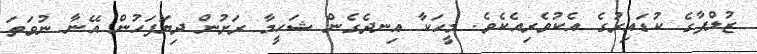
ޒުލްފާގެ ކުޑައިރުގެ އެކުވެރިއެކެވެ. މީހަކާ އިނދެގެން ޝަހީމާ ރަށުން ދިޔަފަހުން އޭނާ ނުވަތަ